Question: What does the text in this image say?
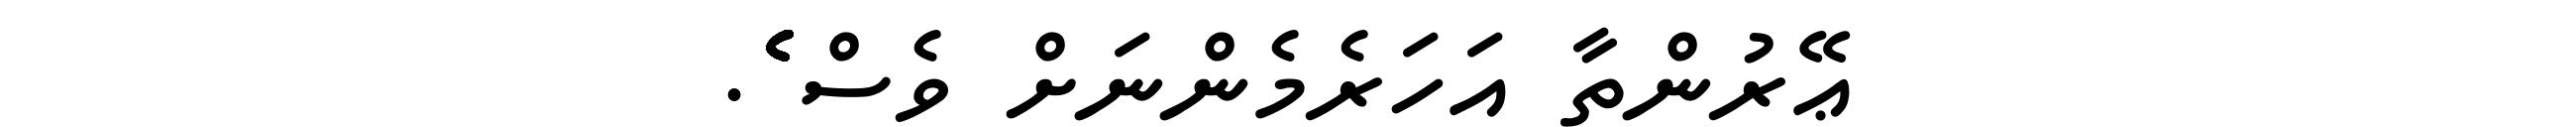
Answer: ޢޭރުންތާ އަހަރެމެންނަށް ވެސް ެެެެެެެެެެެެެެެެެެެެެެެެެެެެެެެެެެެެެެެެެެެެެެެެެެެެެެެެެެެެެެެެެެެެެެެެ.